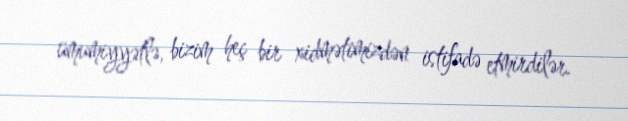
ümumiyyətlə, bizim heç bir xidmətimizdən istifadə etmirdilər.